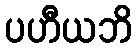
ပဟီယဘိ